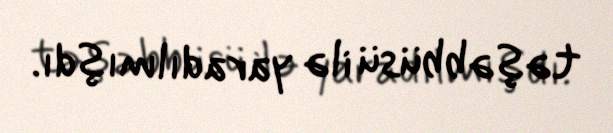
təşəbbüsü ilə yaradılmışdı.